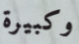
وكبيرة